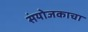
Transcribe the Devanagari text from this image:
संयोजकाचा